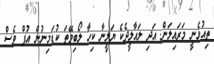
ތިއުޅެނީ މަރައިލަން. އަދި ލައާލީދެކެ ޔަލީނާ ކިހާ ލޯބިވޭތަ ކުޑަމިނުން އުފް ވެސް